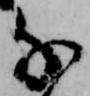
千